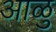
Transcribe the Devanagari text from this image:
आळु